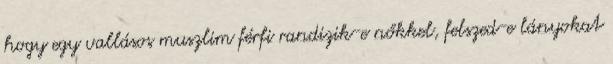
hogy egy vallásos muszlim férfi randizik-e nőkkel, felszed-e lányokat